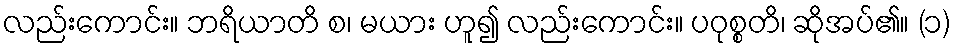
လည်းကောင်း။ ဘရိယာတိ စ၊ မယား ဟူ၍ လည်းကောင်း။ ပဝုစ္စတိ၊ ဆိုအပ်၏။ (၁)